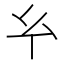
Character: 𢆯